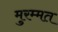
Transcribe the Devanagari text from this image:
मुरम्मत